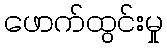
ဖောက်ထွင်းမှု